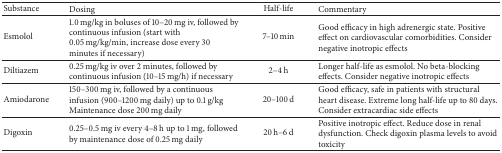
| Substance | Dosing | Half-life | Commentary |
 | --- | --- | --- | --- |
 | Esmolol | 1.0 mg/kg in boluses of 10–20 mg iv, followed by continuous infusion (start with 0.05 mg/kg/min, increase dose every 30 minutes if necessary) | 7–10 min | Good efficacy in high adrenergic state. Positive effect on cardiovascular comorbidities. Consider negative inotropic effects |
 | Diltiazem | 0.25 mg/kg iv over 2 minutes, followed by continuous infusion (10–15 mg/h) if necessary | 2–4 h | Longer half-life as esmolol. No beta-blocking effects. Consider negative inotropic effects |
 | Amiodarone | 150–300 mg iv, followed by a continuous infusion (900–1200 mg daily) up to 0.1 g/kg Maintenance dose 200 mg daily | 20–100 d | Good efficacy, safe in patients with structural heart disease. Extreme long half-life up to 80 days. Consider extracardiac side effects |
 | Digoxin | 0.25–0.5 mg iv every 4–8 h up to 1 mg, followed by maintenance dose of 0.25 mg daily | 20 h–6 d | Positive inotropic effect. Reduce dose in renal dysfunction. Check digoxin plasma levels to avoid toxicity |